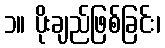
၁။ ပိုးချည်ဖြစ်ခြင်း၊